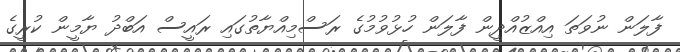
ފާލަން ނުވަތަ އިއްޒުއްދީން ފާލަން ހުޅުވުމުގެ ރަސްމިއްޔާތުގައި ރައީސް އަބްދު ޔާމީން ކުރީގެ